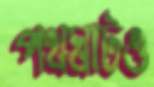
পথঘাটও